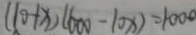
( 1 0 + x ) ( 6 0 0 - 1 0 x ) = 1 0 0 0